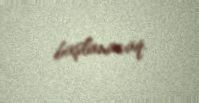
başlanacaq.